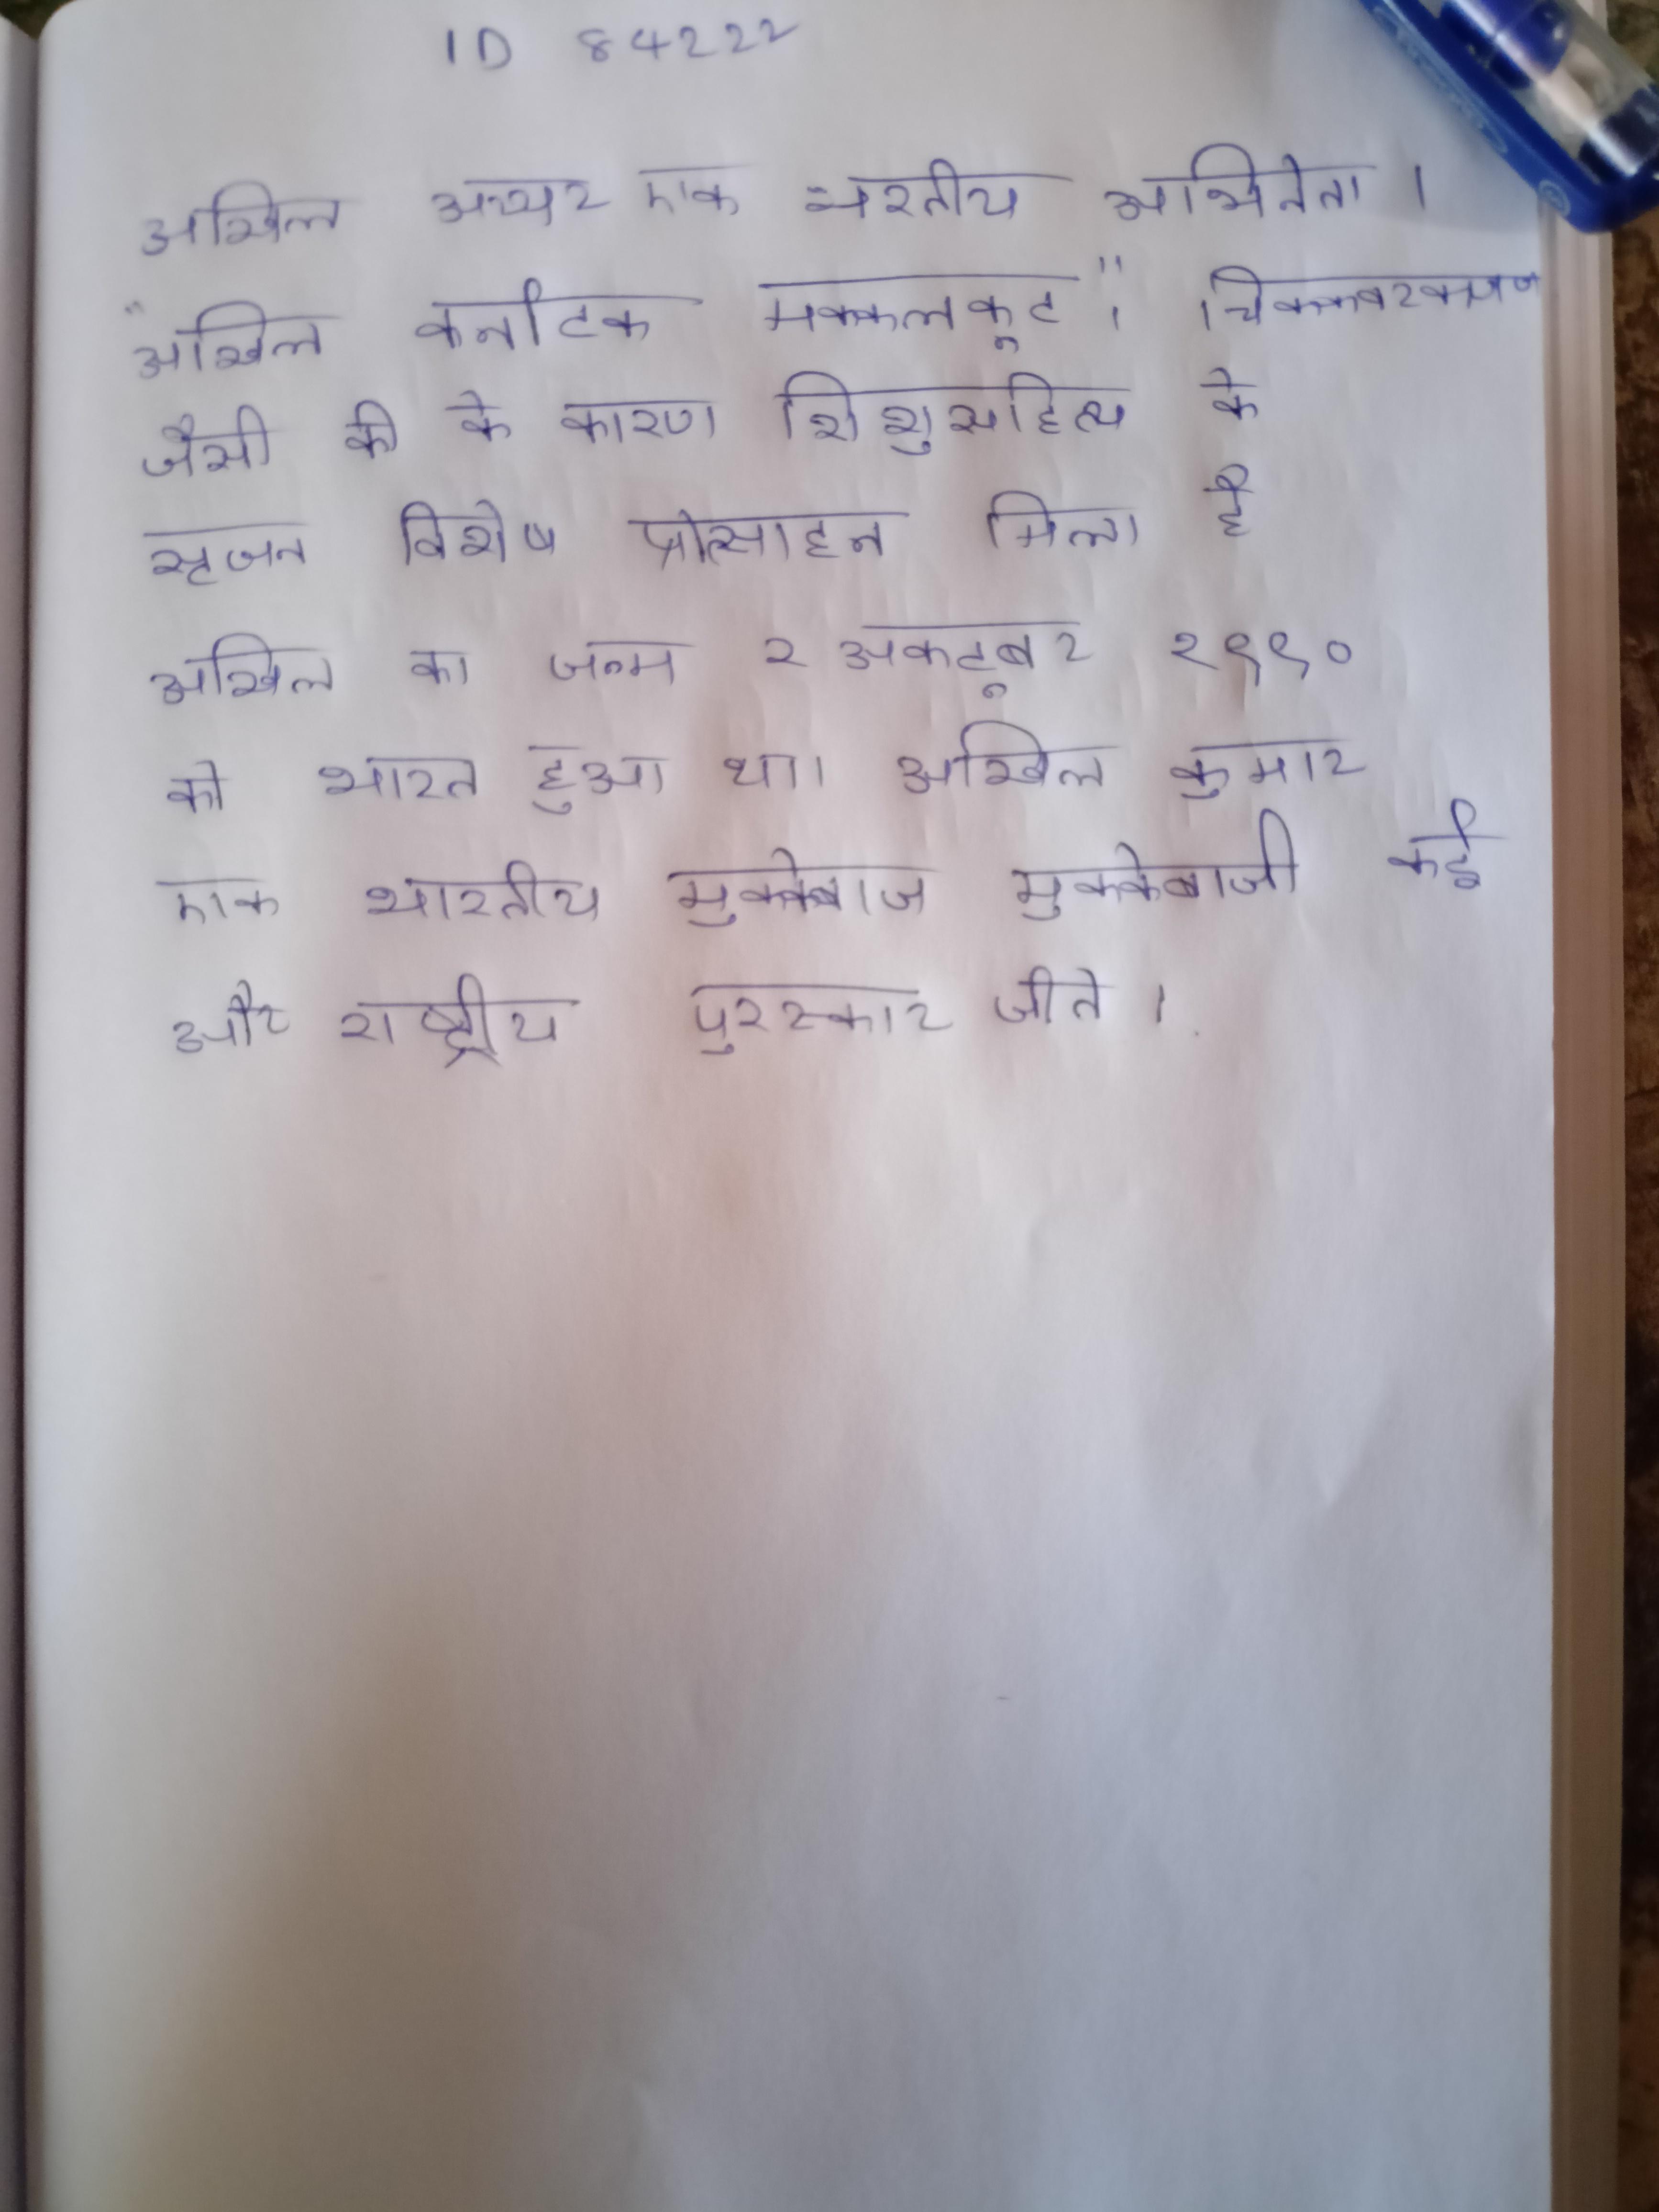
अखिल अय्यर एक भारतीय अभिनेता । "अखिल कर्नाटक मक्कलकूट", "चिक्कवरकणज" जैसी की के कारण शिशुसाहित्य के सृजन विशेष प्रोत्साहन मिला है । अखिल का जन्म २ अक्टूबर १९९० को भारत हुआ था । अखिल कुमार एक भारतीय मुक्केबाज मुक्केबाजी कई और राष्ट्रीय पुरस्कार जीते ।